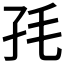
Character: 𡥊